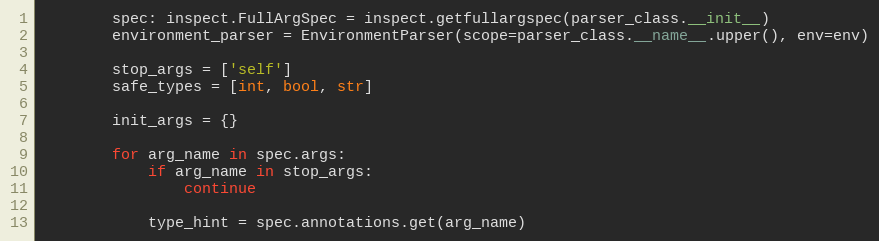
Language: Python
        spec: inspect.FullArgSpec = inspect.getfullargspec(parser_class.__init__)
        environment_parser = EnvironmentParser(scope=parser_class.__name__.upper(), env=env)

        stop_args = ['self']
        safe_types = [int, bool, str]

        init_args = {}

        for arg_name in spec.args:
            if arg_name in stop_args:
                continue

            type_hint = spec.annotations.get(arg_name)